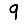
Digit: 9